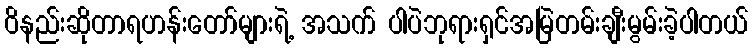
ဝိနည်းဆိုတာရဟန်းတော်များရဲ့ အသက် ပါပဲဘုရားရှင်အမြဲတမ်းချီးမွမ်းခဲ့ပါတယ်